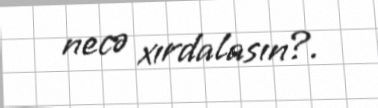
necə xırdalasın?.